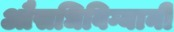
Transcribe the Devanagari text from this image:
औसधिविग्यानी